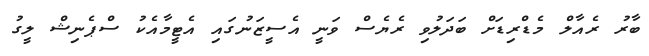
ބާރު ރެއާލް މެޑްރިޑަށް ބަދަލުވި ރެޔެސް ވަނީ އެސީޒަނުގައި އެޓީމާއެކު ސްޕެނިޝް ލީގު